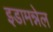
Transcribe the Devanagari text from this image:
इडामन्नेल